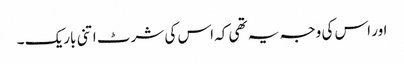
اور اس کی وجہ یہ تھی کہ اس کی شرٹ اتنی باریک ۔